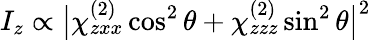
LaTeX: I_{z}\propto\big|\chi_{zxx}^{(2)}\cos^{2}\theta+\chi_{zzz}^{(2)}\sin^{2}\theta\big|^{2}